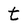
Character: t